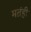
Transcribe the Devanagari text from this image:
मतंही